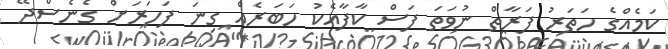
ކަމެއްގެ ހަތަރު ފަރާތް ނުވަތަ ފަސް ކާފާއެކު ހަބަރެއް ގިނަ ފަހަރަށް ގެނެސްދޭ